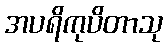
အပရိကုပိတာသု